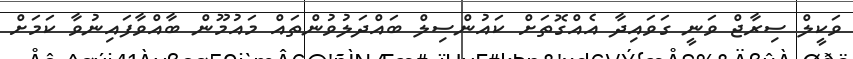
ވަކީލް ސިރާޖް ވަނީ ގަވައިދާ އެއްގޮތަށް ކައުންސިލް ބައްދަލުވުންތައް މައުމޫން ބާއްވާފައިނުވާ ކަމަށް